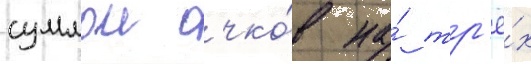
суммои очко́в на́ тр'ё́х